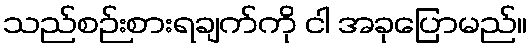
သည်စဉ်းစားရချက်ကို ငါ အခုပြောမည်။